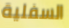
السفلية